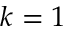
k = 1